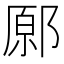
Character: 𨝂